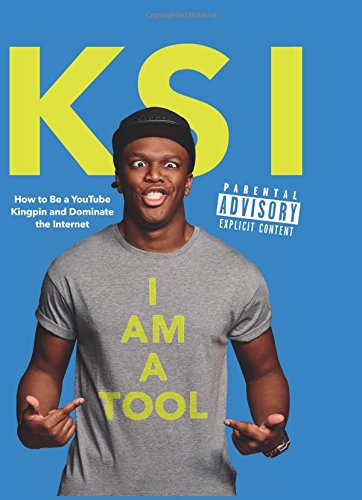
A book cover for I Am a Tool: How to Be a YouTube Kingpin and Dominate the Internet; KSI; Humor & Entertainment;